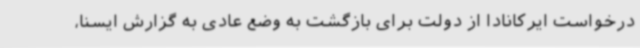
درخواست ایرکانادا از دولت برای بازگشت به وضع عادی به گزارش ایسنا،